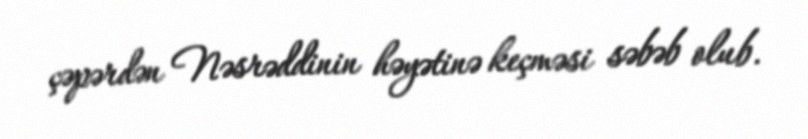
çəpərdən Nəsrəddinin həyətinə keçməsi səbəb olub.